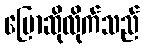
ပြောဆိုလိုက်သည်